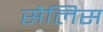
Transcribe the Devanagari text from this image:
सेलिस